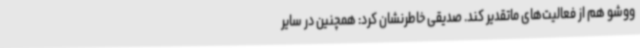
ووشو هم از فعالیت‌های ماتقدیر کند. صدیقی خاطرنشان کرد: همچنین در سایر